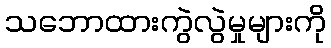
သဘောထားကွဲလွဲမှုများကို